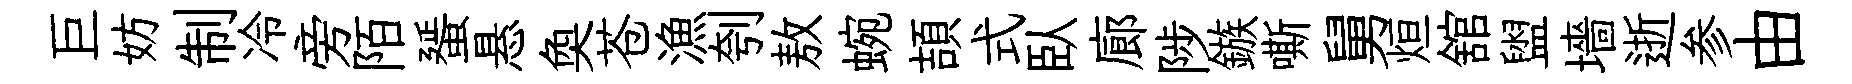
巨妨制冷旁陌蜑悬奐苍漁刳敖蜿頡式臥廊陟鏃嘶舅烜舘盥墻逝参由